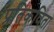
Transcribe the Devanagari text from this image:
प्रतिकविता